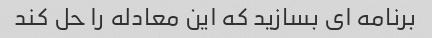
برنامه ای بسازید که این معادله را حل کند